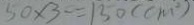
5 0 \times 3 = 1 3 0 ( c m ^ { 2 } )